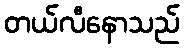
တယ်လီနောသည်